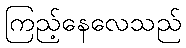
ကြည့်နေလေသည်